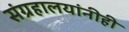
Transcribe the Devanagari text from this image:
संग्रहालयांनीही